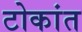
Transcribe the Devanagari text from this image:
टोकांत